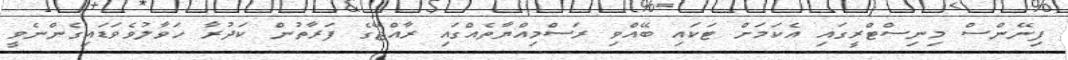
ފިނޭންސް މިނިސްޓްރީގައި އެކަމަށް ޓަކައި ބޭއްވި ރަސްމިއްޔާތެއްގައި ރާއްޖޭގެ ފަރާތުން ކަދުރާ ހަވާލުވެވަޑައިގެންނެވީ